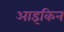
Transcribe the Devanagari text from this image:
आइकिन